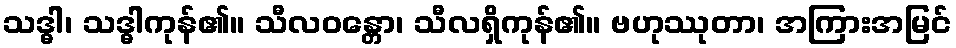
သဒ္ဓါ၊ သဒ္ဓါကုန်၏။ သီလဝန္တော၊ သီလရှိကုန်၏။ ဗဟုဿုတာ၊ အကြားအမြင်